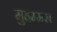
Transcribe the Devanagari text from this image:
मुहम्मस